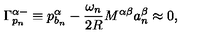
\Gamma _ { p _ { n } } ^ { \alpha - } \equiv p _ { b _ { n } } ^ { \alpha } - \frac { \omega _ { n } } { 2 R } M ^ { \alpha \beta } a _ { n } ^ { \beta } \approx 0 , \,